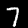
Digit: 7